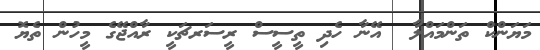
މަޔަންކް ތަންމައްލާ  އޭނާ ހެދި ތީސީސް ރީސަރޗަކީ ރާއްޖޭގެ މީހުން ތެޔޮޮ